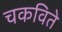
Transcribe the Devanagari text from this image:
चकविते